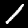
Digit: 1